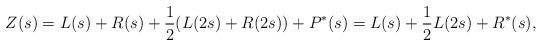
LaTeX: \begin{align*}Z(s)=L(s)+R(s) +\frac12 (L(2s)+R(2s))+P^*(s)=L(s)+\frac12 L(2s) +R^*(s),\end{align*}